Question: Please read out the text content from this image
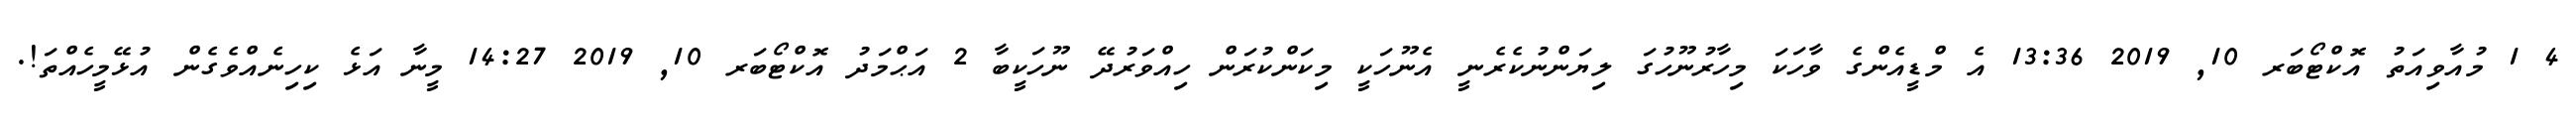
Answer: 4 1 މުއާވިއަތު އޮކްޓޯބަރ 10, 2019 13:36 އެ މްޑީއެންގެ ވާހަކަ މިހާރުނޫހުގަ ލިޔަންނުކެރެނީ އެނޫހަކީ މިކަންކުރަން ހިއްވަރުދޭ ނޫހަކީބާ 2 އަޙްމަދު އޮކްޓޯބަރ 10, 2019 14:27 މީނާ އަޅެ ކިހިނެއްވެގެން އުޅޭމީހެއްތަ!.